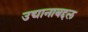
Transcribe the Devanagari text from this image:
उद्यानाबद्दल